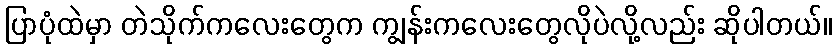
ပြာပုံထဲမှာ တဲသိုက်ကလေးတွေက ကျွန်းကလေးတွေလိုပဲလို့လည်း ဆိုပါတယ်။